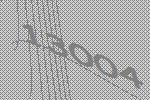
13004